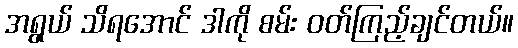
အရွယ် သိရအောင် ဒါကို စမ်း ဝတ်ကြည့်ချင်တယ်။